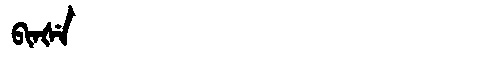
Manchu: ᠪᡳᠨᡧᡝ
Romanization: BINŠE